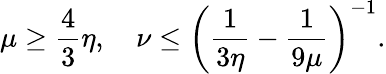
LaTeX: \mu\geq\frac{4}{3}\eta,\quad\nu\leq\left(\frac{1}{3\eta}-\frac{1}{9\mu}\right)^{-1}.